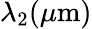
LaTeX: \lambda_{2}(\mu\mathrm{m})